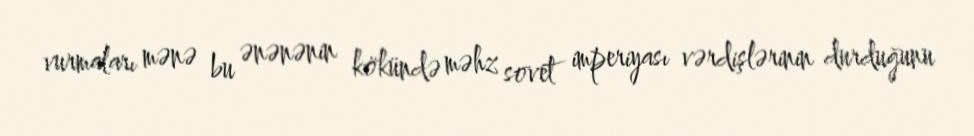
vurmaları mənə bu ənənənin kökündə məhz sovet imperiyası vərdişlərinin durduğunu